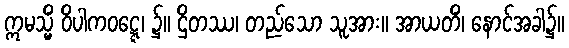
ဣမသ္မိံ ဝိပါကဝဋ္ဋေ၊ ၌။ ဌိတဿ၊ တည်သော သူအား။ အာယတိံ၊ နောင်အခါ၌။